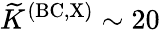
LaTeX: {\widetilde K}^{\mathrm{(BC,X)}}\sim 20